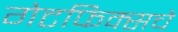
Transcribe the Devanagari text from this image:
गेटफिक्सचे